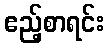
ဧည့်စာရင်း